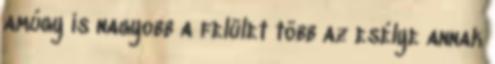
amúgy is nagyobb a felület több az esélye annak